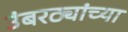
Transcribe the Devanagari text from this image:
उंबरठ्यांच्या